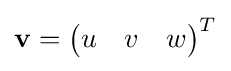
{\bf {v}}={\begin{pmatrix}u&v&w\end{pmatrix}}^{T}